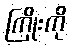
ကြိုးကို